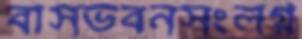
বাসভবনসংলগ্ন